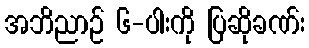
အဘိညာဉ် ၆-ပါးကို ပြဆိုခဏ်း